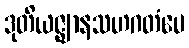
ဒုတိယဇ္ဈာနသဟဂတံပေ